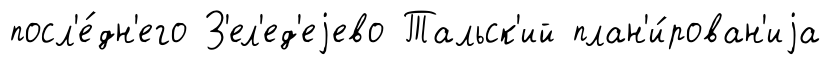
посл'е́дн'его З'ел'ед'еjево Тальск'ий план'и́рован'иjа